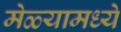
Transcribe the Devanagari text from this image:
मेळ्यामध्ये